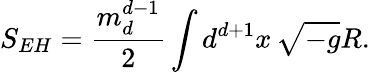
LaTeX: S_{EH}=\frac{m_{d}^{d-1}}{2}\int d^{d+1}x\, \sqrt{-g}R.